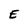
Character: E